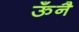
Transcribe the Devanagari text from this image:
ऊँनै